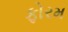
ફોરમ